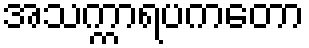
အသက္ကာရပကတော